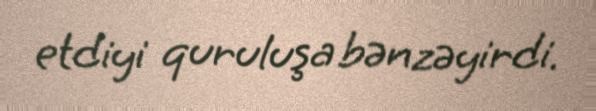
etdiyi quruluşa bənzəyirdi.